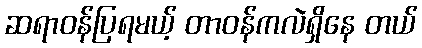
ဆရာဝန်ပြရမယ့် တာဝန်ကလဲရှိနေ တယ်